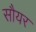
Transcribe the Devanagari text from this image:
सौयर